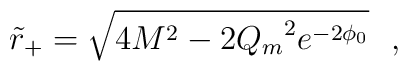
\tilde{r}_+ = \sqrt{4 M^2 - 2 {Q_m}^2 e^{-2\phi_0}}~~,